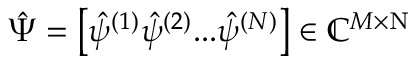
\hat { \Psi } = \left[ \hat { \psi } ^ { ( 1 ) } \hat { \psi } ^ { ( 2 ) } . . . \hat { \psi } ^ { ( N ) } \right] \in \mathbb { C } ^ { M \times \mathrm N }